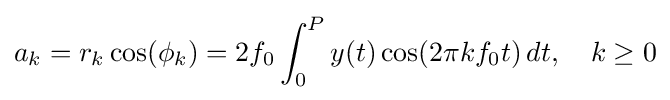
a_{k}=r_{k}\cos(\phi _{k})=2f_{0}\int _{0}^{P}y(t)\cos(2\pi kf_{0}t)\,dt,\quad k\geq 0